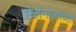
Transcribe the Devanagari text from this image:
सेलेनोलॉजी